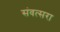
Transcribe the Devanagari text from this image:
संवत्सरा